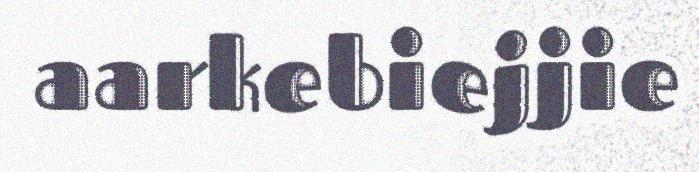
aarkebiejjie